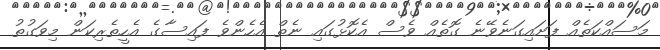
މަސައްކަތެއް ފަށައިގަނެވޭނެ ގޮތެއް ވެސް އެކޮޅުގައި ނެތް އެހެންވެ ފައިސާގެ އެހީތެރިކަން މިވަގުތު